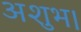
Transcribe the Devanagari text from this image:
अशुभ।